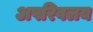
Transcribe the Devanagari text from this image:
अपरिवलय